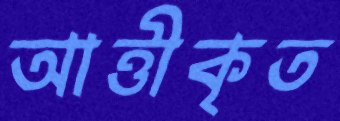
আত্তীকৃত